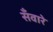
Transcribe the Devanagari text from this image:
सँवारे